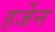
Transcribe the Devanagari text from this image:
हर्जेन